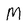
Character: M